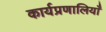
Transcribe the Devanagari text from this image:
कार्यप्रणालियाँ